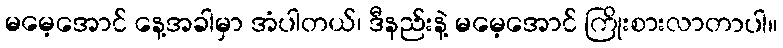
မမေ့အောင် နေ့အခါမှာ အံပါတယ်၊ ဒီနည်းနဲ့ မမေ့အောင် ကြိုးစားလာတာပါ။